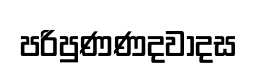
පරිපුණණදවාදස